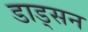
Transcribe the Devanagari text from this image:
डाड्सन